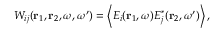
\begin{array} { r } { W _ { i j } ( { \bf r } _ { 1 } , { \bf r } _ { 2 } , \omega , \omega ^ { \prime } ) = \left\langle E _ { i } ( { \bf r } _ { 1 } , \omega ) E _ { j } ^ { * } ( { \bf r } _ { 2 } , \omega ^ { \prime } ) \right\rangle , } \end{array}